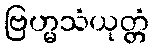
ဗြဟ္မသံယုတ္တံ